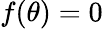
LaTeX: f(\theta)=0